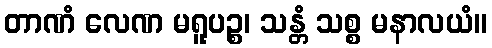
တာဏံ လေဏ မရူပဉ္စ၊ သန္တံ သစ္စ မနာလယံ။